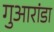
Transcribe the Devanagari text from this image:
गुआरांडा